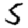
Digit: 5